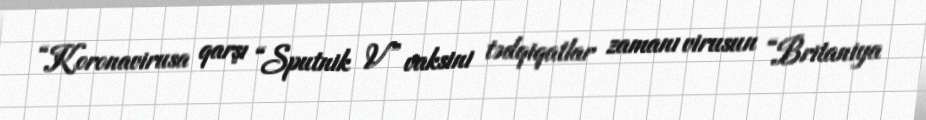
“Koronavirusa qarşı “Sputnik V” vaksini tədqiqatlar zamanı virusun “Britaniya